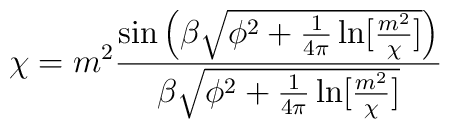
\chi=m^2\frac {\sin \left( \beta \sqrt{\phi^2+ \frac{1}{4 \pi}\ln[\frac{m^2}{\chi}]} \right)}{\beta \sqrt{\phi^2 +\frac{1}{4\pi}\ln[\frac{m^2}{\chi}]}}